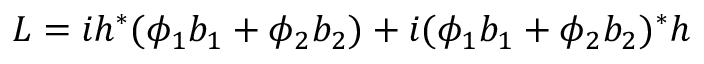
L = i h ^ { * } ( \phi _ { 1 } b _ { 1 } + \phi _ { 2 } b _ { 2 } ) + i ( \phi _ { 1 } b _ { 1 } + \phi _ { 2 } b _ { 2 } ) ^ { * } h